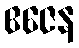
ဧဇေန